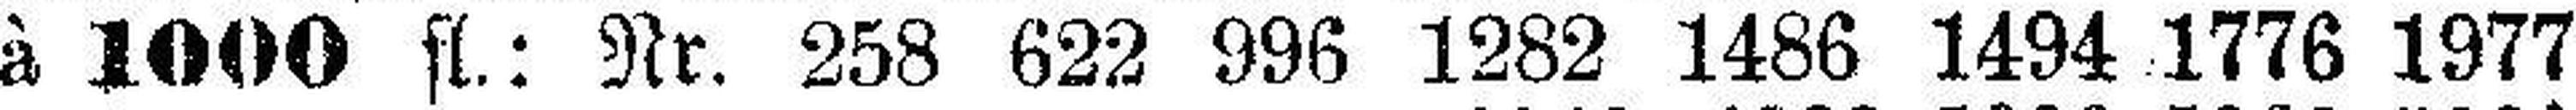
à 1000 fl.: Nr. 258 622 996 1282 1486 1494 1776 1977